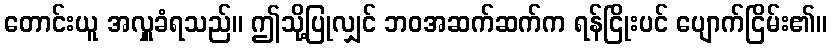
တောင်းယူ အလှူခံရသည်။ ဤသို့ပြုလျှင် ဘဝအဆက်ဆက်က ရန်ငြိုးပင် ပျောက်ငြိမ်း၏။